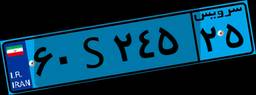
۶۰S۲۴۵۲۵